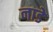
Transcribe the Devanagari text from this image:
नाडे